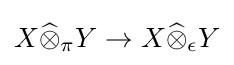
X{\widehat {\otimes }}_{\pi }Y\to X{\widehat {\otimes }}_{\epsilon }Y